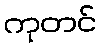
ကုတင်